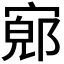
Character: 𫳨